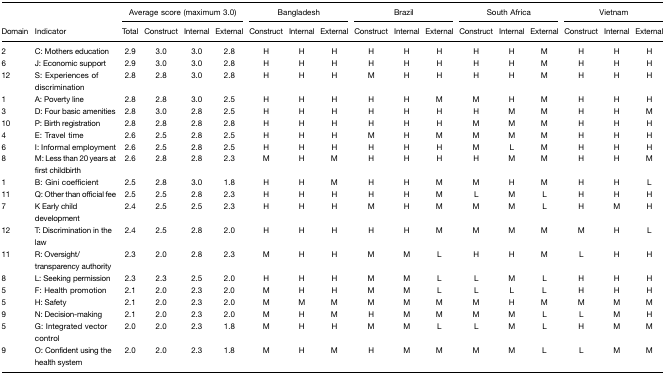
<table><thead><tr><td></td><td></td><td colspan="4"><b>Average score (maximum 3.0)</b></td><td colspan="3"><b>Bangladesh</b></td><td colspan="3"><b>Brazil</b></td><td colspan="3"><b>South Africa</b></td><td colspan="3"><b>Vietnam</b></td></tr><tr><td><b>Domain</b></td><td><b>Indicator</b></td><td><b>Total</b></td><td><b>Construct</b></td><td><b>Internal</b></td><td><b>External</b></td><td><b>Construct</b></td><td><b>Internal</b></td><td><b>External</b></td><td><b>Construct</b></td><td><b>Internal</b></td><td><b>External</b></td><td><b>Construct</b></td><td><b>Internal</b></td><td><b>External</b></td><td><b>Construct</b></td><td><b>Internal</b></td><td><b>External</b></td></tr></thead><tbody><tr><td>2</td><td>C: Mothers education</td><td>2.9</td><td>3.0</td><td>3.0</td><td>2.8</td><td>H</td><td>H</td><td>H</td><td>H</td><td>H</td><td>H</td><td>H</td><td>H</td><td>M</td><td>H</td><td>H</td><td>H</td></tr><tr><td>6</td><td>J: Economic support</td><td>2.9</td><td>3.0</td><td>3.0</td><td>2.8</td><td>H</td><td>H</td><td>H</td><td>H</td><td>H</td><td>H</td><td>H</td><td>H</td><td>M</td><td>H</td><td>H</td><td>H</td></tr><tr><td>12</td><td>S: Experiences of discrimination</td><td>2.8</td><td>2.8</td><td>3.0</td><td>2.8</td><td>H</td><td>H</td><td>H</td><td>M</td><td>H</td><td>H</td><td>H</td><td>H</td><td>M</td><td>H</td><td>H</td><td>H</td></tr><tr><td>1</td><td>A: Poverty line</td><td>2.8</td><td>2.8</td><td>3.0</td><td>2.5</td><td>H</td><td>H</td><td>H</td><td>H</td><td>H</td><td>M</td><td>M</td><td>H</td><td>M</td><td>H</td><td>H</td><td>H</td></tr><tr><td>3</td><td>D: Four basic amenities</td><td>2.8</td><td>3.0</td><td>2.8</td><td>2.5</td><td>H</td><td>H</td><td>H</td><td>H</td><td>H</td><td>H</td><td>H</td><td>M</td><td>M</td><td>H</td><td>H</td><td>M</td></tr><tr><td>10</td><td>P: Birth registration</td><td>2.8</td><td>2.8</td><td>2.8</td><td>2.8</td><td>H</td><td>H</td><td>H</td><td>H</td><td>H</td><td>H</td><td>M</td><td>M</td><td>M</td><td>H</td><td>H</td><td>H</td></tr><tr><td>4</td><td>E: Travel time</td><td>2.6</td><td>2.5</td><td>2.8</td><td>2.5</td><td>H</td><td>H</td><td>H</td><td>M</td><td>H</td><td>M</td><td>M</td><td>M</td><td>M</td><td>H</td><td>H</td><td>H</td></tr><tr><td>6</td><td>I: Informal employment</td><td>2.6</td><td>2.5</td><td>2.8</td><td>2.5</td><td>H</td><td>H</td><td>H</td><td>H</td><td>H</td><td>H</td><td>M</td><td>L</td><td>M</td><td>H</td><td>H</td><td>H</td></tr><tr><td>8</td><td>M: Less than 20 years at first childbirth</td><td>2.6</td><td>2.8</td><td>2.8</td><td>2.3</td><td>M</td><td>H</td><td>M</td><td>H</td><td>H</td><td>H</td><td>H</td><td>M</td><td>M</td><td>H</td><td>H</td><td>M</td></tr><tr><td>1</td><td>B: Gini coefficient</td><td>2.5</td><td>2.8</td><td>3.0</td><td>1.8</td><td>H</td><td>H</td><td>M</td><td>H</td><td>H</td><td>M</td><td>M</td><td>H</td><td>M</td><td>H</td><td>H</td><td>L</td></tr><tr><td>11</td><td>Q: Other than official fee</td><td>2.5</td><td>2.5</td><td>2.8</td><td>2.3</td><td>H</td><td>H</td><td>H</td><td>H</td><td>H</td><td>M</td><td>L</td><td>M</td><td>L</td><td>H</td><td>H</td><td>H</td></tr><tr><td>7</td><td>K Early child development</td><td>2.4</td><td>2.5</td><td>2.5</td><td>2.3</td><td>H</td><td>H</td><td>H</td><td>M</td><td>H</td><td>M</td><td>M</td><td>M</td><td>L</td><td>H</td><td>M</td><td>H</td></tr><tr><td>12</td><td>T: Discrimination in the law</td><td>2.4</td><td>2.5</td><td>2.8</td><td>2.0</td><td>H</td><td>H</td><td>H</td><td>H</td><td>H</td><td>M</td><td>M</td><td>M</td><td>M</td><td>M</td><td>H</td><td>L</td></tr><tr><td>11</td><td>R: Oversight/transparency authority</td><td>2.3</td><td>2.0</td><td>2.8</td><td>2.3</td><td>M</td><td>H</td><td>H</td><td>M</td><td>M</td><td>L</td><td>H</td><td>H</td><td>M</td><td>L</td><td>H</td><td>H</td></tr><tr><td>8</td><td>L: Seeking permission</td><td>2.3</td><td>2.3</td><td>2.5</td><td>2.0</td><td>H</td><td>H</td><td>H</td><td>M</td><td>M</td><td>L</td><td>L</td><td>M</td><td>L</td><td>H</td><td>H</td><td>H</td></tr><tr><td>5</td><td>F: Health promotion</td><td>2.1</td><td>2.0</td><td>2.3</td><td>2.0</td><td>M</td><td>H</td><td>H</td><td>M</td><td>M</td><td>L</td><td>L</td><td>L</td><td>L</td><td>H</td><td>H</td><td>H</td></tr><tr><td>5</td><td>H: Safety</td><td>2.1</td><td>2.0</td><td>2.3</td><td>2.0</td><td>M</td><td>M</td><td>M</td><td>M</td><td>M</td><td>M</td><td>M</td><td>H</td><td>M</td><td>M</td><td>M</td><td>M</td></tr><tr><td>9</td><td>N: Decision-making</td><td>2.1</td><td>2.0</td><td>2.3</td><td>2.0</td><td>M</td><td>H</td><td>M</td><td>H</td><td>M</td><td>M</td><td>M</td><td>M</td><td>L</td><td>L</td><td>M</td><td>H</td></tr><tr><td>5</td><td>G: Integrated vector control</td><td>2.0</td><td>2.0</td><td>2.3</td><td>1.8</td><td>M</td><td>H</td><td>H</td><td>M</td><td>M</td><td>L</td><td>L</td><td>M</td><td>L</td><td>H</td><td>M</td><td>M</td></tr><tr><td>9</td><td>O: Confident using the health system</td><td>2.0</td><td>2.0</td><td>2.3</td><td>1.8</td><td>M</td><td>H</td><td>M</td><td>H</td><td>M</td><td>M</td><td>M</td><td>M</td><td>L</td><td>L</td><td>M</td><td>M</td></tr></tbody></table>